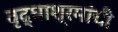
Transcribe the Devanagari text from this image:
वृद्धाश्रमांची